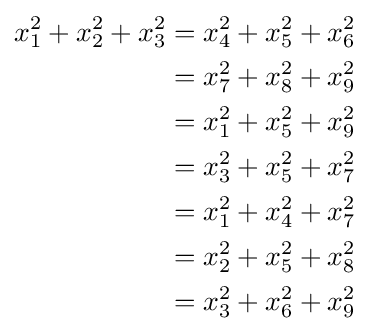
{\begin{aligned}x_{1}^{2}+x_{2}^{2}+x_{3}^{2}&=x_{4}^{2}+x_{5}^{2}+x_{6}^{2}\\&=x_{7}^{2}+x_{8}^{2}+x_{9}^{2}\\&=x_{1}^{2}+x_{5}^{2}+x_{9}^{2}\\&=x_{3}^{2}+x_{5}^{2}+x_{7}^{2}\\&=x_{1}^{2}+x_{4}^{2}+x_{7}^{2}\\&=x_{2}^{2}+x_{5}^{2}+x_{8}^{2}\\&=x_{3}^{2}+x_{6}^{2}+x_{9}^{2}\end{aligned}}